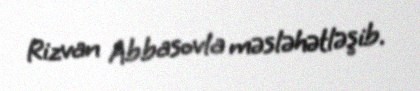
Rizvan Abbasovla məsləhətləşib.